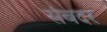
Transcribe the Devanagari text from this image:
संबदर